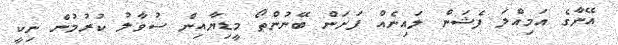
އޭނާގެ އަމިއްލަ ފެޝަން ލައިނެއް ފަށަން ބޭނުންތޯ މީޑިޔާއިން ސުވާލު ކުރުމުން ނިކީ